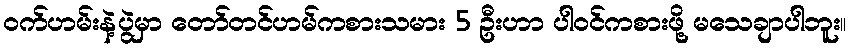
ဝက်ဟမ်းနဲ့ပွဲမှာ တော်တင်ဟမ်ကစားသမား 5 ဦးဟာ ပါဝင်ကစားဖို့ မသေချာပါဘူး။